system: You are a helpful assistant.
user:
Analyze the provided spectrum to determine if it is a **M-type Giant (gM)**.

A M-type Giant spectrum is defined by its **strong molecular absorption** features, particularly from **Titanium Oxide (TiO)**. You must check for one of the following mutually exclusive signatures:

- **Key Visual Indicators (Absorption-Dominated Spectrum):**

    - **(Primary):** The spectrum is dominated by strong molecular absorption from **Titanium Oxide (TiO)**. This is the **defining feature** of its M-type temperature class.
        - **(Key Bandheads):** Look for sharp, "saw-tooth" absorption valleys. The strongest are located near **~7050 Å**, **~6160 Å**, and **~5170 Å**.
        - **(Line Profile):** The "saw-tooth" morphology is critical: a **sharp, steep drop on the BLUE (short-wavelength) side** of the bandhead, followed by a gradual recovery (rising flux) towards the RED (long-wavelength) side.

    - **(Key Confirmation - Giant vs. Dwarf):** **ABSENCE** of strong **Calcium Hydride (CaH)** molecular bands. This is the primary diagnostic for *excluding* M-dwarfs.
        - **(Key Region):** The spectrum should lack the strong, broad absorption band seen in dwarfs between **~6800 Å and ~7000 Å**.

    - **(Secondary Confirmation - Giant):** A very strong and broad **Neutral Calcium (Ca I)** atomic absorption line.
        - **(Key Line):** Located at **~4226 Å**. In a giant (gM), this line is significantly deeper and broader than the same line in an M-dwarf (dM) due to low surface gravity.

    - **(Overall Spectrum):**
        - The continuum is **extremely red-sloping** (i.e., flux is very low in the blue and rises dramatically towards the red).
        - The entire spectrum appears "chopped up" by the deep TiO bands.

Think first, call **spectral_visualization_tool** if needed to examine features in detail, then provide your final answer. Your response must adhere to the following strict rules:
1.  **Overall Structure:** Your response must follow the format `<think>...</think> <tool_call>...</tool_call> (if a tool is used) <answer>...</answer>`.
2.  **Tool Usage Constraint:** You may only make **one** tool call per turn.
3.  **Final Answer Format:** In the `<answer>` tag, your conclusion must be inside a `\boxed{}` command (e.g., `\boxed{YES}` or `\boxed{NO}`), followed by your justification.

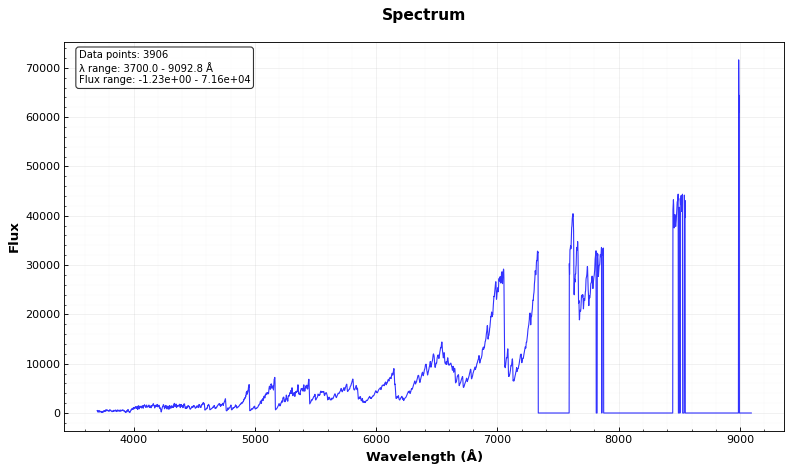
Answer: YES